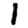
Digit: 1